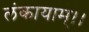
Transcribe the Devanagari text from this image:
लंकायाम्।।